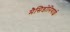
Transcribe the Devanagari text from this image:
मैसिडोनियाईः